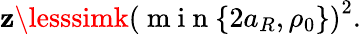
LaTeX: \mathbf{z}\lesssimk\left(\mathrm{{~m~i~n~}}\{ 2a_{R},\rho_{0}\} \right)^{2}.